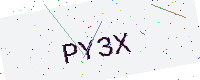
Text: PY3X